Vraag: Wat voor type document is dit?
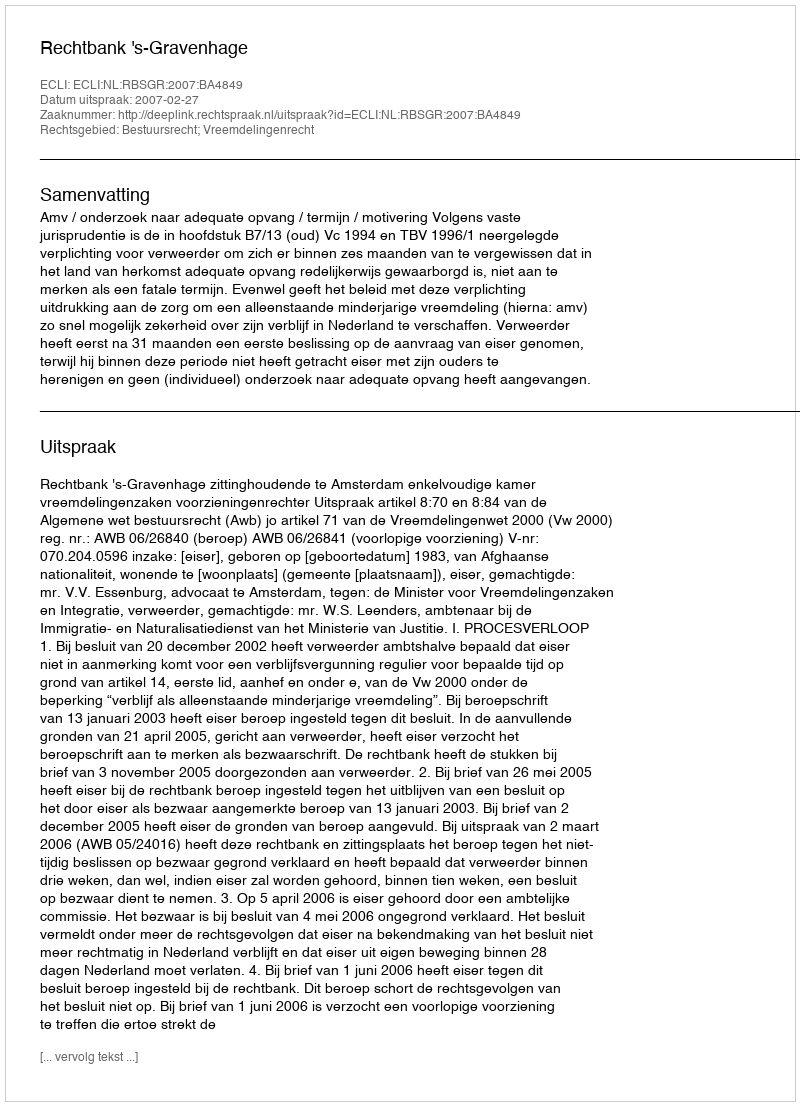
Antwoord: Uitspraak